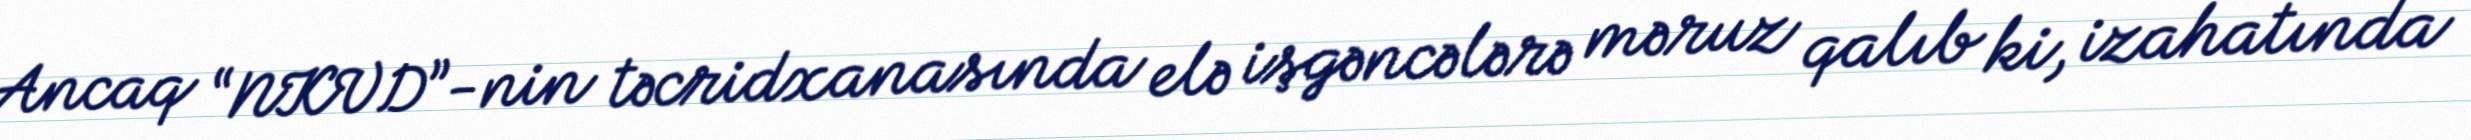
Ancaq “NKVD”-nin təcridxanasında elə işgəncələrə məruz qalıb ki, izahatında